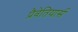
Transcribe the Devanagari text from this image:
प्रैवेतियार्स